Eesti_Vabariigi_Tartu_Ulikool, lk 247
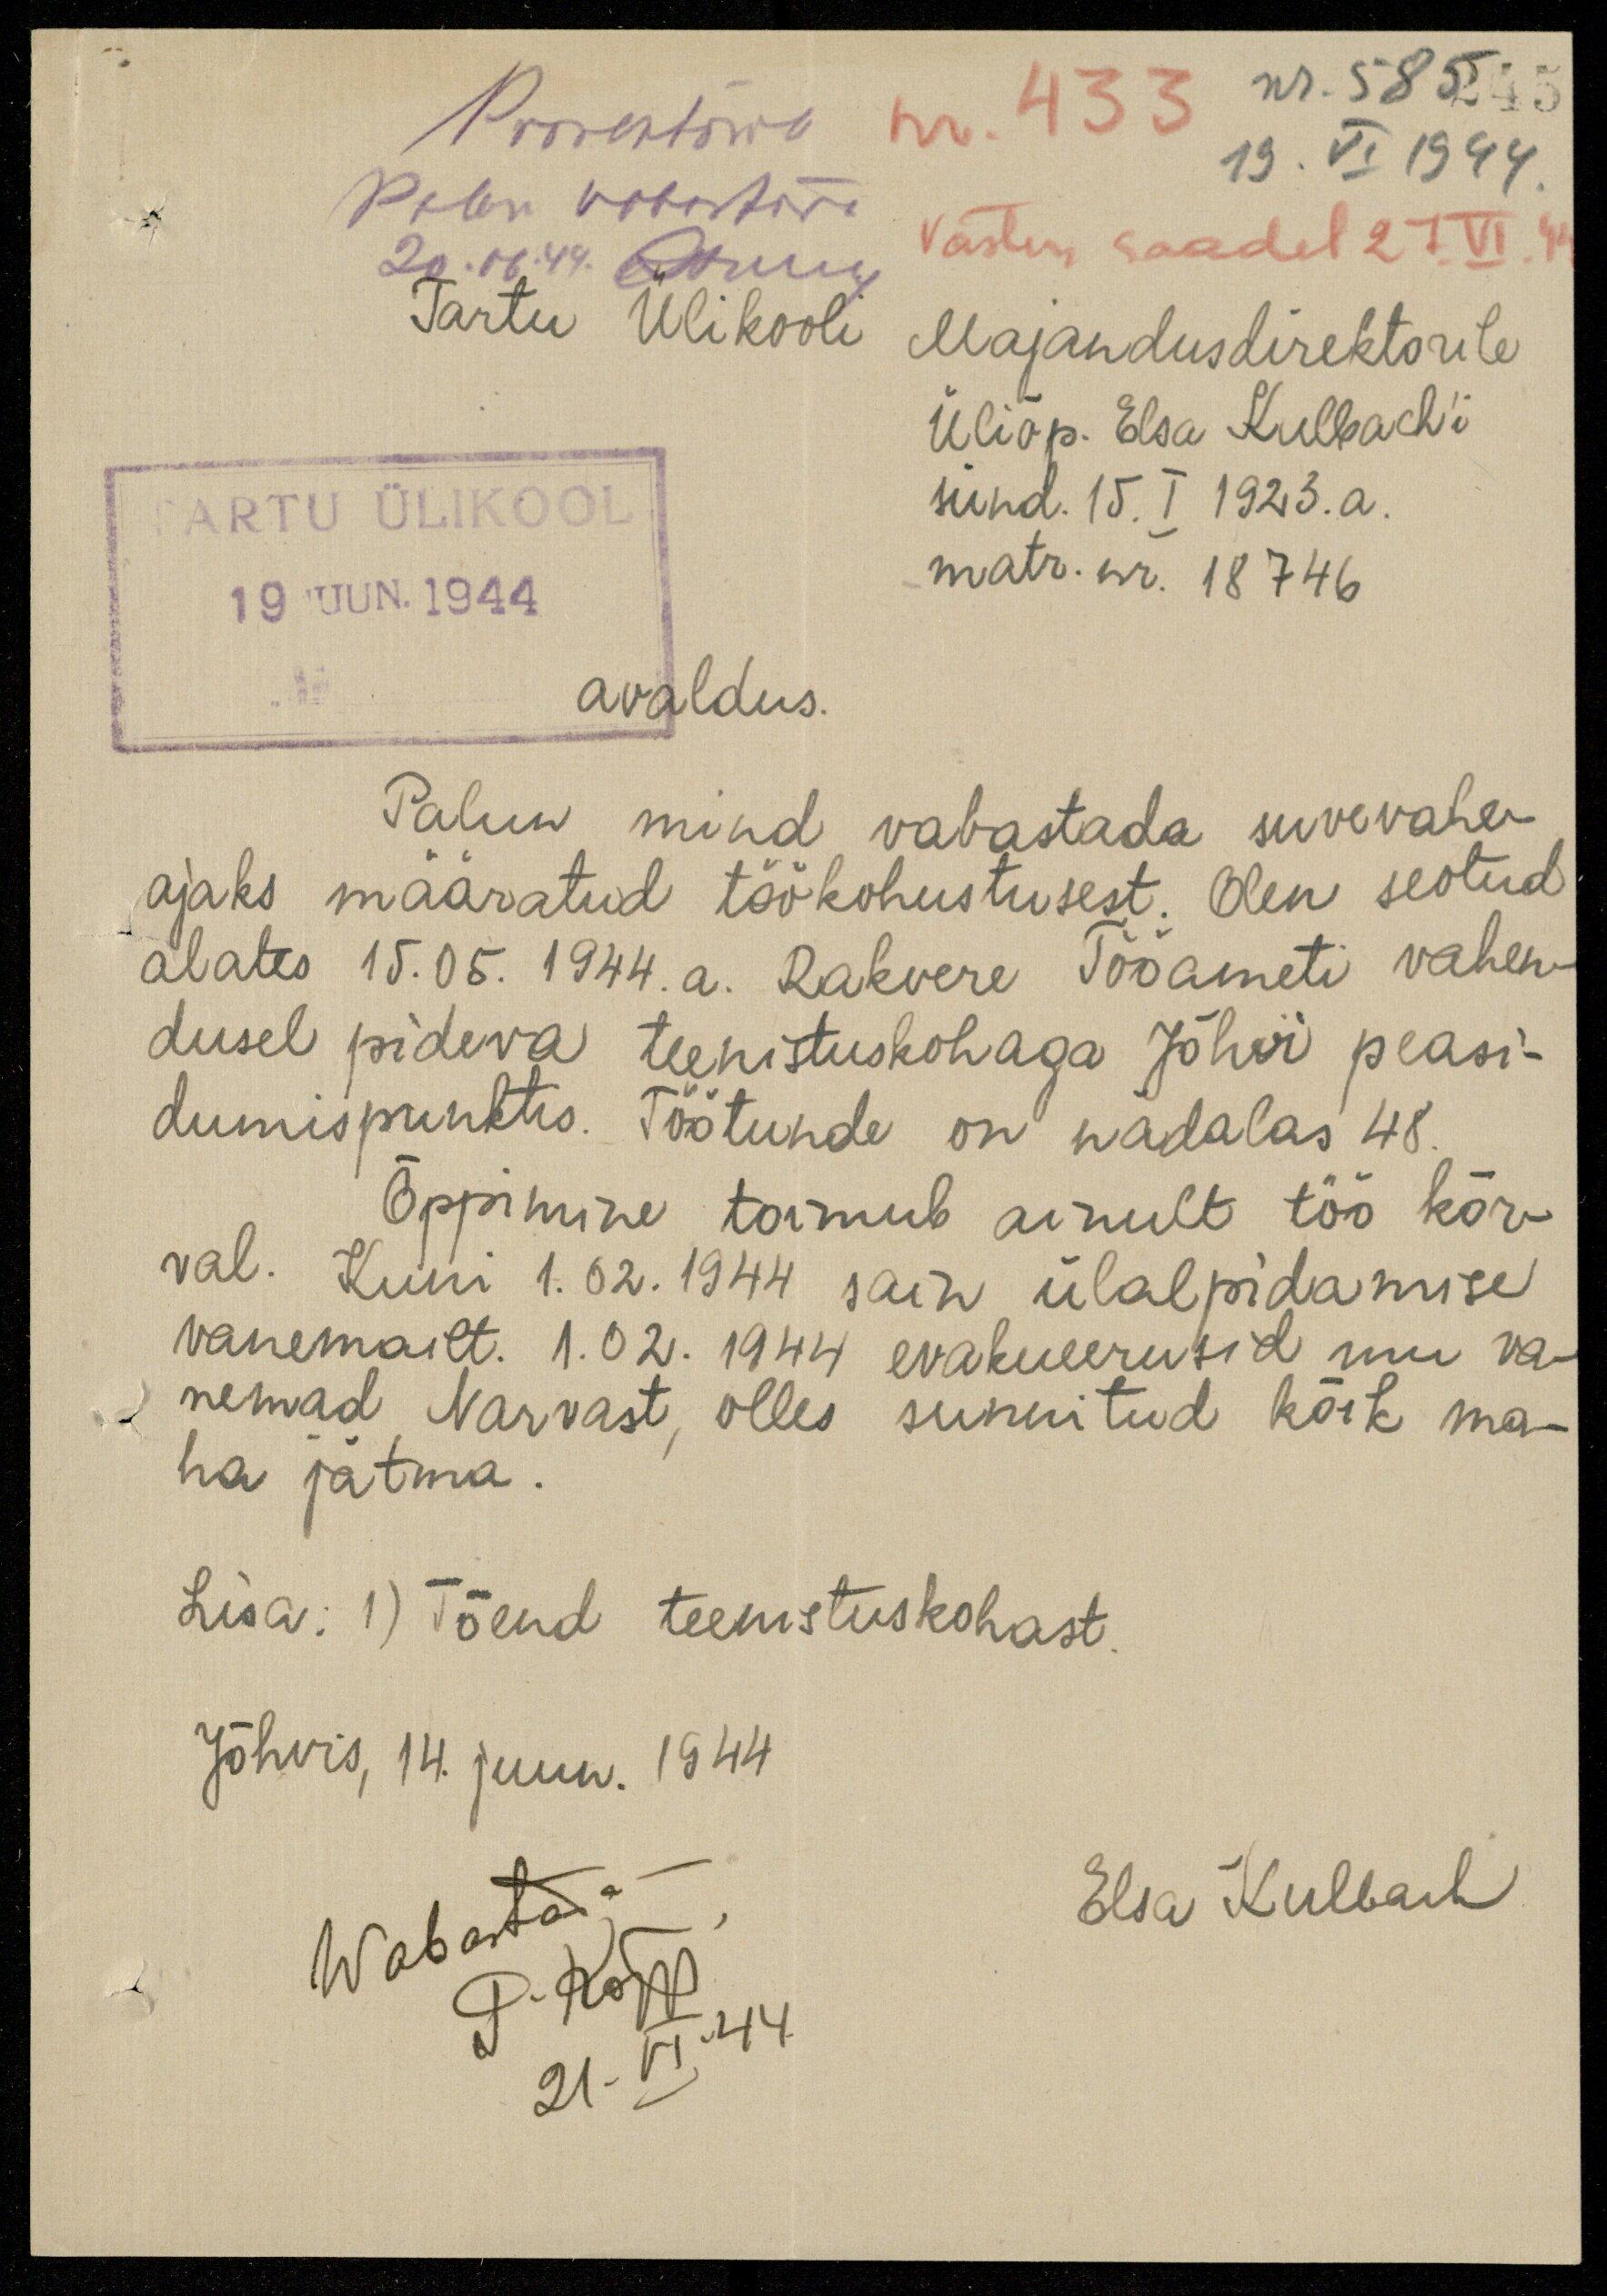
Prorektorile
nr. 433
nr. 585 245
19. VI 1944
Palun vabastada
20.06.44.  Лили
Vastus saadet 27.VI.44
Tartu Ülikooli
Majandusdirektorile
Üliõp. Elsa Kulbachi
TARTU ÜLIKOOL
sünd. 15. I 1923. a.
19 juun. 1944
matr. nr. 18746
avaldus.
Palun mind vabastada suvevahe-
ajaks määratud töökohustusest. Olen seotud
alates 15.05.1944.a. Rakvere Tööameti vahen-
dusel pideva teenistuskohaga Jõhvi peasi-
dumispunktis. Töötunde on nädalas 48.
Õppimine toimub ainult töö kõr-
val. Kuni 1.02.1944 sain ülalpidamise
vanemailt. 1.02.1944 evakueerusid mu va-
nemad Narvast, olles sunnitud kõik ma-
ha jätma.
Lisa: 1) Tõend teenistuskohast,
Jõhvis, 14. juun. 1944
Wabastada
Elsa Kulbach
P. Kõpp
21.VI.144